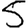
Digit: 5